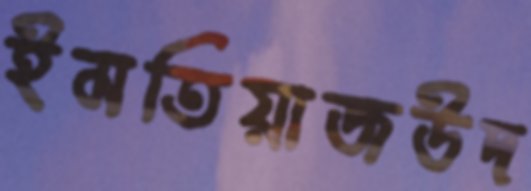
ইমতিয়াজউদ